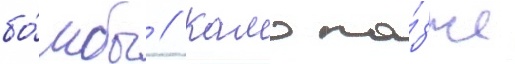
бо́мбы // Камо по́зже